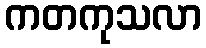
ကတကုသလာ